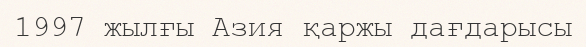
1997 жылғы Азия қаржы дағдарысы